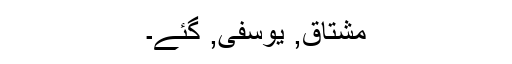
مشتاق, یوسفی, گئے۔